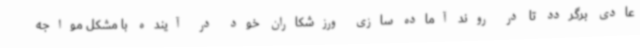
عادی برگردد تا در روند آماده سازی ورزشکاران خود در آینده با مشکل مواجه